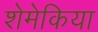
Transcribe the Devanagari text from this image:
शेमेकिया